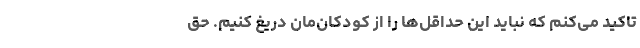
تاکید می‌کنم که نباید این حداقل‌ها را از کودکان‌مان دریغ کنیم. حق